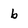
Character: b